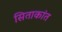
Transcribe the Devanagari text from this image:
सिताकांत